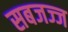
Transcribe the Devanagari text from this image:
सबजज्ज